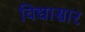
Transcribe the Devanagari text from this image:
विद्यासार